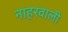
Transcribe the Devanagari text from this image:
नाहरवाली